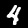
Digit: 4